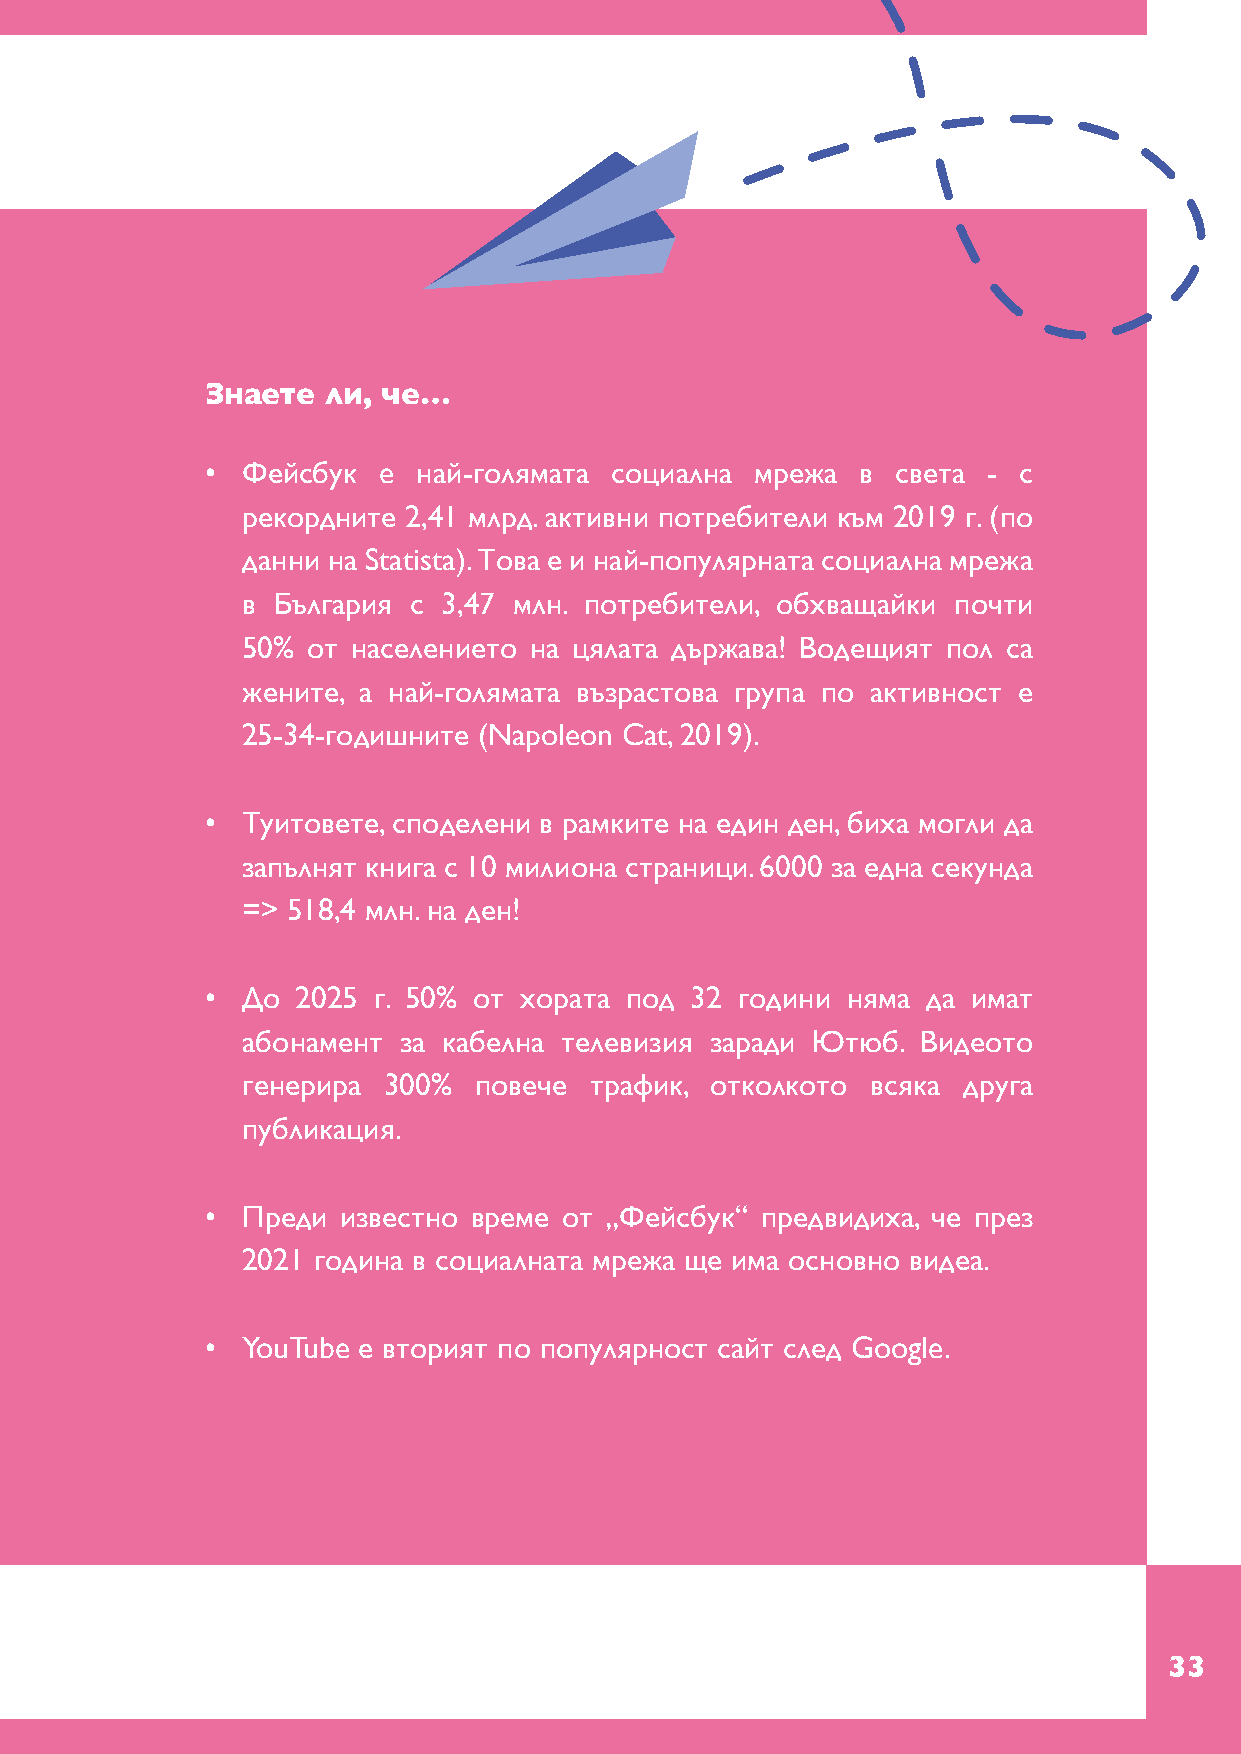
Знаете ли, че…
 • Фейсбук  e  най-голямата социална мрежа  в света - с
 рекордните 2,41 млрд. активни потребители към 2019 г. (по
 данни на Statista). Това е и най-популярната социална мрежа
 в България с 3,47 млн. потребители, обхващайки почти
 50% от населението на цялата държава! Водещият пол са
 жените, а най-голямата възрастова група по активност е
 25-34-годишните (Napoleon Cat, 2019).
 • Туитовете, споделени в рамките на един ден, биха могли да
 запълнят книга с 10 милиона страници. 6000 за една секунда
 => 518,4 млн. на ден!
 • До  2025 г. 50% от хората под 32 години няма да имат
 абонамент за кабелна телевизия заради Ютюб.  Видеото
 генерира 300%  повече  трафик, отколкото  всяка друга
 публикация.
 • Преди  известно време от „Фейсбук“ предвидиха, че през
 2021 година в социалната мрежа ще има основно видеа.
 • YouTube е вторият по популярност сайт след Google.
 33